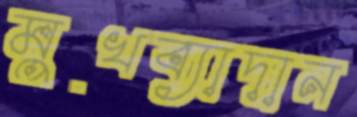
মুখব্যাদান